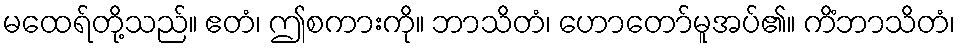
မထေရ်တို့သည်။ ဧတံ၊ ဤစကားကို။ ဘာသိတံ၊ ဟောတော်မူအပ်၏။ ကိံဘာသိတံ၊